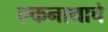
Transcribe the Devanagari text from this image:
एकनाथाचे